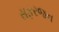
સફરજન